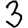
Digit: 3